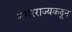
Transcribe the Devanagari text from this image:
नगरराज्यकढून